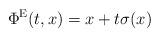
LaTeX: \begin{align*}\Phi^{\rm E}(t,x)=x+t\sigma(x)\end{align*}